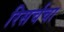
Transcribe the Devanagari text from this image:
रिसर्चचा